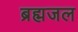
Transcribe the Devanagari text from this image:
ब्रह्मजल